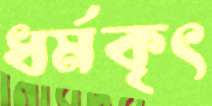
ধর্মকৃৎ